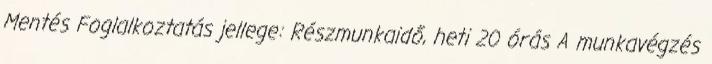
Mentés Foglalkoztatás jellege: Részmunkaidő, heti 20 órás A munkavégzés